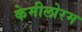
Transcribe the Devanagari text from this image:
केमीलोरम